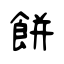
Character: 餅